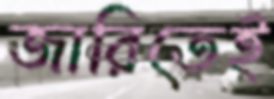
জারিতেই